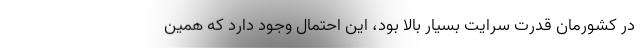
در کشورمان قدرت سرایت بسیار بالا بود، این احتمال وجود دارد که همین